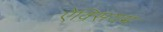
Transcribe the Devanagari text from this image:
ऐक्सियम